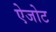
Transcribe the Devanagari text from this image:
ऐजोट